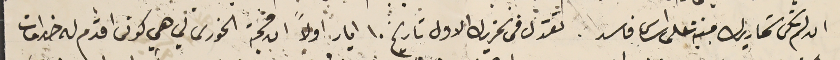
ان لم تكن تحاريرك مبنية على اساس فاسد. تقول فى تحريرك الاول تاريخ ١٠ ايار أولاً ان محبة الخوري لي هي كونى اقدم له خدامات